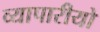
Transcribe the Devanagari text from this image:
व्यापारीयो